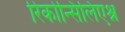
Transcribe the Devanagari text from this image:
रिकोन्सिलिएश्न